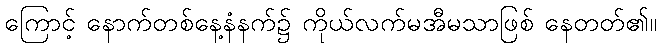
ကြောင့် နောက်တစ်နေ့နံနက်၌ ကိုယ်လက်မအီမသာဖြစ် နေတတ်၏။